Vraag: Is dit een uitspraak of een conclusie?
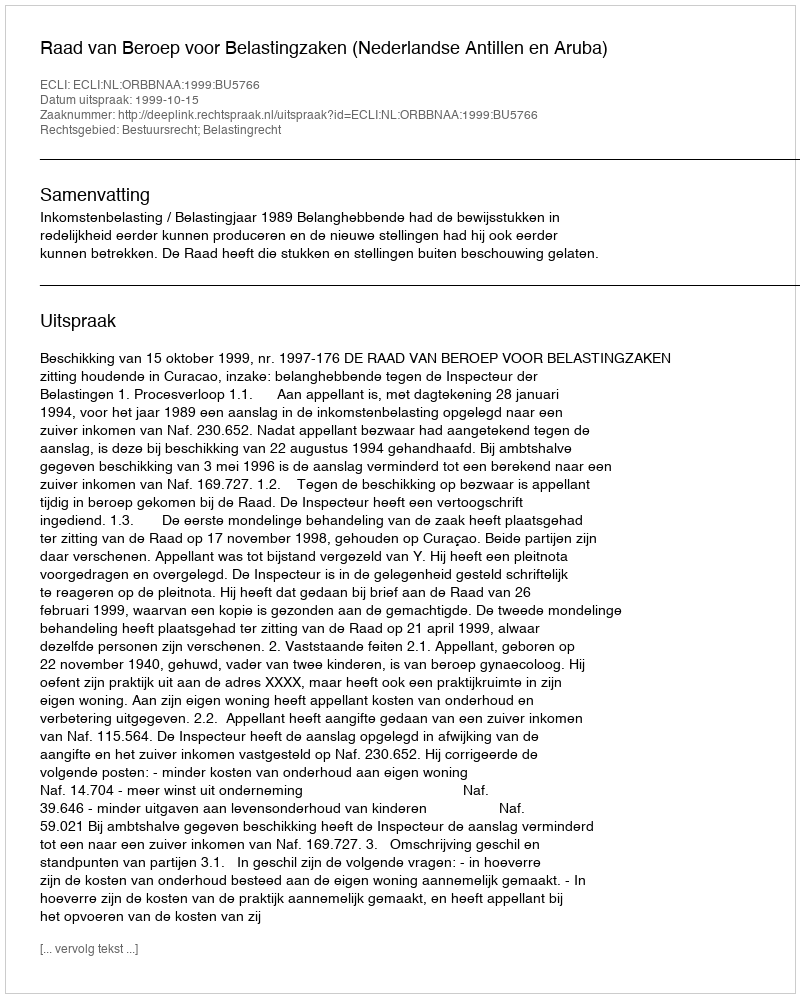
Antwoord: Uitspraak